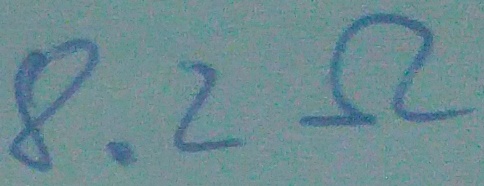
Text: 8.2Ω